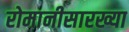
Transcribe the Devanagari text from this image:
रोमानीसारख्या